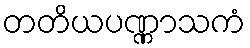
တတိယပဏ္ဏာသကံ